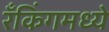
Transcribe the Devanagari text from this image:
रँकिंगमध्ये